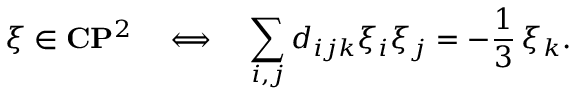
\xi \in { \bf C } { \bf P } ^ { 2 } \ \ \ \Longleftrightarrow \ \ \ \sum _ { i , j } d _ { i j k } \xi _ { i } \xi _ { j } = - \frac { 1 } { 3 } \, \xi _ { k } .